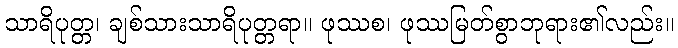
သာရိပုတ္တ၊ ချစ်သားသာရိပုတ္တရာ။ ဖုဿစ၊ ဖုဿမြတ်စွာဘုရား၏လည်း။